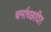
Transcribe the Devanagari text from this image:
चर्माच्छादित